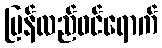
ပြန်လည်ဝင်ရောက်